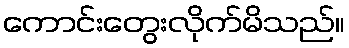
ကောင်းတွေးလိုက်မိသည်။